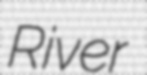
River